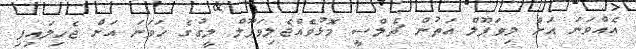
އެއްވަނަ އަށް ލިވަޕޫލް އަތުން ޗެލްސީ މޮޅުވެއްޖެލިވަޕޫލް ލީގުގެ ހަވަނަ އަށް ޖެހިލައިފި